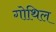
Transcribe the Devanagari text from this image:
गोथिल